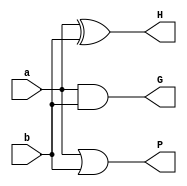
module PPA_INPUT (
    a, b,
    H, G, P
);
    input a, b;
    output H, G, P;

    assign H = a ^ b;
    assign G = a & b;
    assign P = a | b;

endmodule